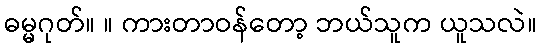
ဓမ္မဂုတ်။ ။ ကားတာဝန်တော့ ဘယ်သူက ယူသလဲ။